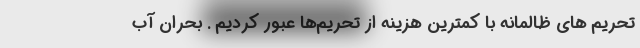
تحریم های ظالمانه با کمترین هزینه از تحریم‌ها عبور کردیم . بحران آب